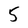
Character: 5